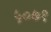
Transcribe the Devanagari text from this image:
५०७१